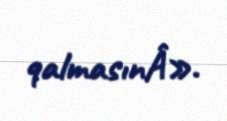
qalmasınÂ».